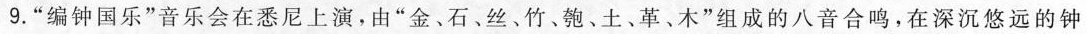
9.”编钟国乐”音乐会在悉尼上演，由”金﹑石、丝、竹、匏、土、革、木”组成的八音合鸣，在深沉悠远的钟